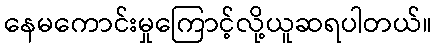
နေမကောင်းမှုကြောင့်လို့ယူဆရပါတယ်။